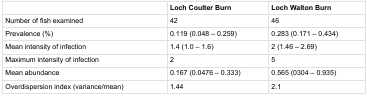
<table><thead><tr><td></td><td><b>Loch Coulter Burn</b></td><td><b>Loch Walton Burn</b></td></tr></thead><tbody><tr><td>Number of fish examined</td><td>42</td><td>46</td></tr><tr><td>Prevalence (%)</td><td>0.119 (0.048 – 0.259)</td><td>0.283 (0.171 – 0.434)</td></tr><tr><td>Mean intensity of infection</td><td>1.4 (1.0 – 1.6)</td><td>2 (1.46 – 2.69)</td></tr><tr><td>Maximum intensity of infection</td><td>2</td><td>5</td></tr><tr><td>Mean abundance</td><td>0.167 (0.0476 – 0.333)</td><td>0.565 (0304 – 0.935)</td></tr><tr><td>Overdispersion index (variance/mean)</td><td>1.44</td><td>2.1</td></tr></tbody></table>